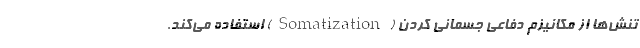
تنش‌ها از مکانیزم دفاعی جسمانی کردن (Somatization) استفاده می‌کند.